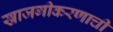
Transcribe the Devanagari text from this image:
खाजगीकरणाची